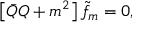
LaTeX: \left[ \bar { Q } Q + m ^ { 2 } \right] \tilde { f } _ { m } = 0 ,